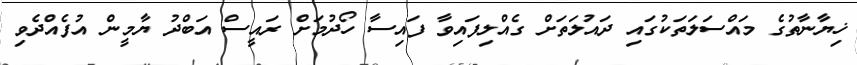
ޚިޔާނާތުގެ މައްސަލަތަކުގައި ދައުލަތަށް ގެއްލިފައިވާ ފައިސާ ހޯދުމަށް ރައީސް އަބްދު ޔާމީން އުފެއްދެވި